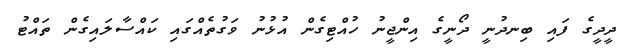
ދީދީގެ ފައި ބިނދުނީ ދޯނީގެ އިންޖީނު ހުއްޓިގެން އުޅުނު ވަގުތެއްގައި ކައްސާލައިގެން ތައްޓު